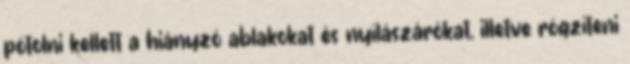
pótolni kellett a hiányzó ablakokat és nyílászárókat, illetve rögzíteni